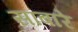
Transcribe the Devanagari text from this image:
सांबारे